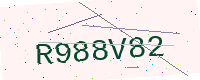
Text: R988V82